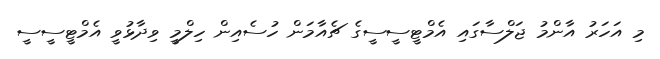
މި އަހަރު އާންމު ޖަލްސާގައި އެމްޓީސީސީގެ ޗެއާމަން ހުސެއިން ހިލްމީ ވިދާޅުވީ އެމްޓީސީސީ